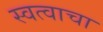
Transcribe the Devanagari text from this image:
स्वत्वाचा